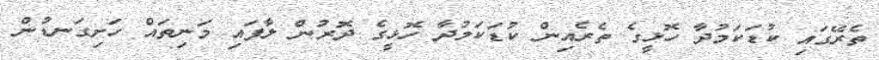
ތެރޭގައި ކުޑަކަމުދާ ހޮޅީގެ ތެރެއިން ކުޑަކަމުދާ ހޮޅީގެ ދޮރުން ލާފައި މަނިތައް ހަށިގަނޑުން